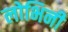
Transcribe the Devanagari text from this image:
लोभिनी